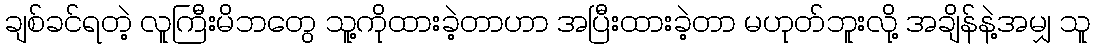
ချစ်ခင်ရတဲ့ လူကြီးမိဘတွေ သူ့ကိုထားခဲ့တာဟာ အပြီးထားခဲ့တာ မဟုတ်ဘူးလို့ အချိန်နဲ့အမျှ သူ